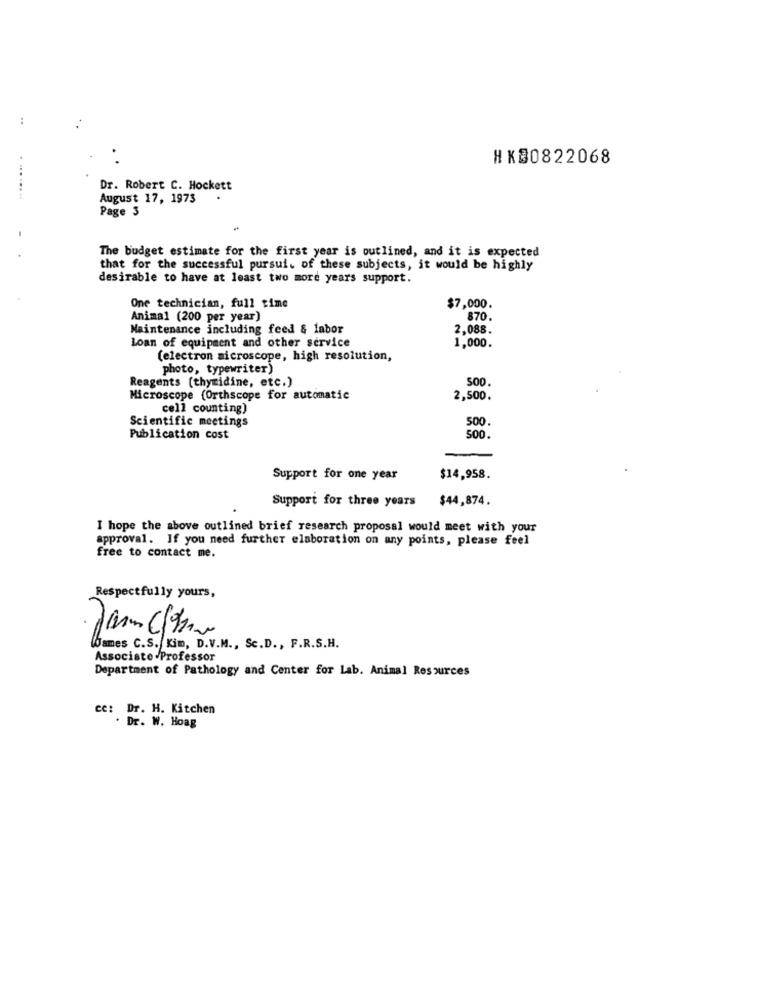
HK80822068
Dr. Robert C. Hockett
. ........
August 17, 1973
.
Page 3
The budget estimate for the first year is outlined, and it is expected
that for the successful pursui, of these subjects, it would be highly
desirable to have at least two more years support.
One technician, full time
$7,000.
Animal (200 per year)
870
Maintenance including feed & labor
2,088
Loan of equipment and other service
1,000.
(electron microscope, high resolution,
photo, typewriter)
Reagents (thymidine, etc.)
Microscope (Orthscope for automatic
2,500.
cell counting)
Scientific meetings
500
Publication cost
500.
Support for one year
$14,958.
Support for three years
$44,874.
I hope the above outlined brief research proposal would meet with your
approval. If you need further elaboration on any points, please feel
free to contact me.
Respectfully yours,
James C.S. Kim, D.V.M ., Sc.D ., F.R.S.H.
Associate Professor
Department of Pathology and Center for Lab. Animal Resources
ce: Dr. H. Kitchen
. Dr. W. Hoag